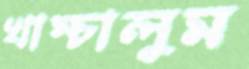
খাম্‌চালুম